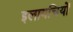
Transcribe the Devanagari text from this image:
इलायचियों